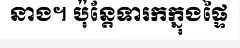
នាង។ ប៉ុន្តែទារកក្នុងផ្ទៃ